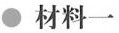
材料一